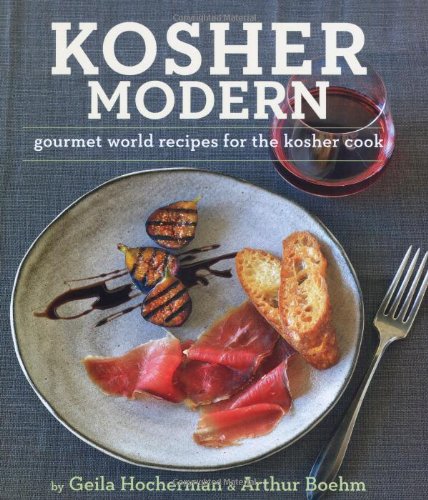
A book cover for Kosher Modern: New Technies and Great Recipes for Unlimited Kosher Cooking. Geila Hocherman and Arthur Boehm; Geila Hocherman; Cookbooks, Food & Wine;